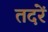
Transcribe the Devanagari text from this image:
तदरें